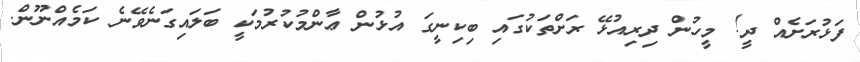
ފަޅުރަށެއް ދީ! މީހުން ދިރިއުޅޭ ރަށްތަކުގައި ބިކިނީގަ އުޅުން ޢާންމުކުރުމަކީ ބަލައިގަނެވޭނެ ކަމެއްނޫން.